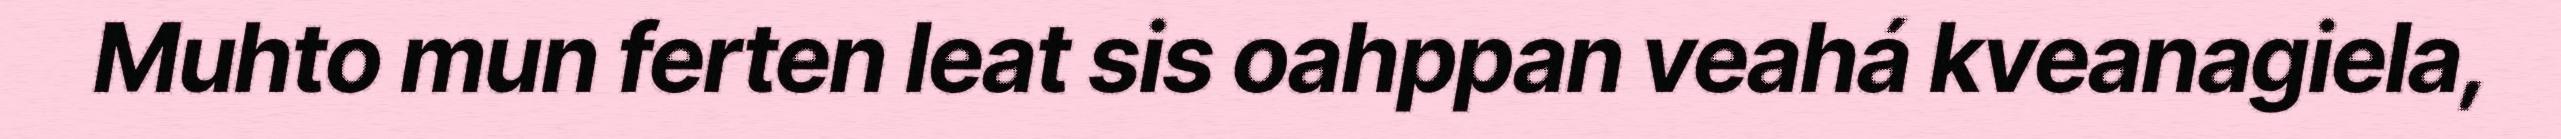
Muhto mun ferten leat sis oahppan veahá kveanagiela,